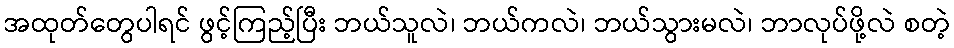
အထုတ်တွေပါရင် ဖွင့်ကြည့်ပြီး ဘယ်သူလဲ၊ ဘယ်ကလဲ၊ ဘယ်သွားမလဲ၊ ဘာလုပ်ဖို့လဲ စတဲ့